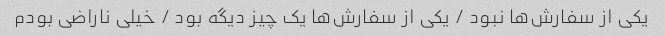
یکی از سفارش‌ها نبود / یکی از سفارش‌ها یک چیز دیگه بود / خیلی ناراضی بودم